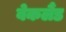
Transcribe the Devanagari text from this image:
बेकलैंड